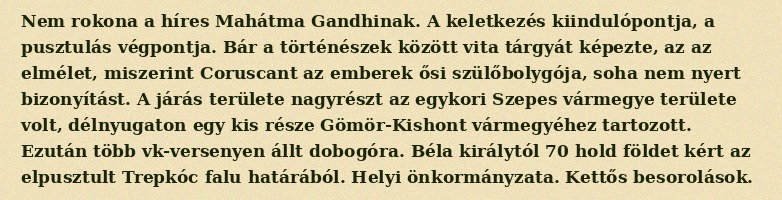
Nem rokona a híres Mahátma Gandhinak. A keletkezés kiindulópontja, a pusztulás végpontja. Bár a történészek között vita tárgyát képezte, az az elmélet, miszerint Coruscant az emberek ősi szülőbolygója, soha nem nyert bizonyítást. A járás területe nagyrészt az egykori Szepes vármegye területe volt, délnyugaton egy kis része Gömör-Kishont vármegyéhez tartozott. Ezután több vk-versenyen állt dobogóra. Béla királytól 70 hold földet kért az elpusztult Trepkóc falu határából. Helyi önkormányzata. Kettős besorolások.